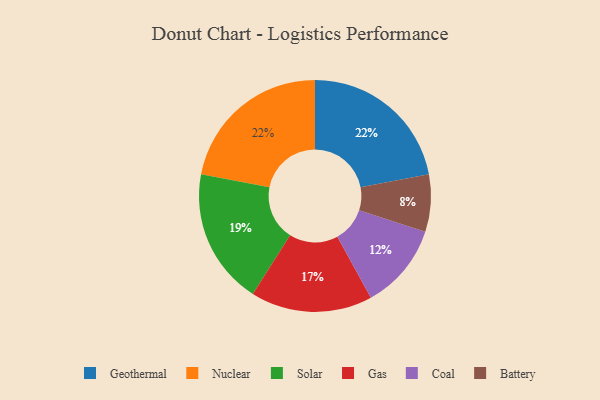
{"axis": {"x": "Category", "y": "Percentage"}, "legend": ["Battery", "Coal", "Gas", "Geothermal", "Nuclear", "Solar"], "data": [{"x": "Geothermal", "y": 22, "type": "Geothermal"}, {"x": "Battery", "y": 8, "type": "Battery"}, {"x": "Nuclear", "y": 22, "type": "Nuclear"}, {"x": "Gas", "y": 17, "type": "Gas"}, {"x": "Solar", "y": 19, "type": "Solar"}, {"x": "Coal", "y": 12, "type": "Coal"}]}